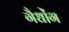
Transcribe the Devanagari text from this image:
गैधोंग